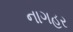
નાગહર